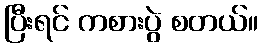
ပြီးရင် ကစားပွဲ စတယ်။